Medical and sanitary report of the native army of Madras for the year
Year: 1872
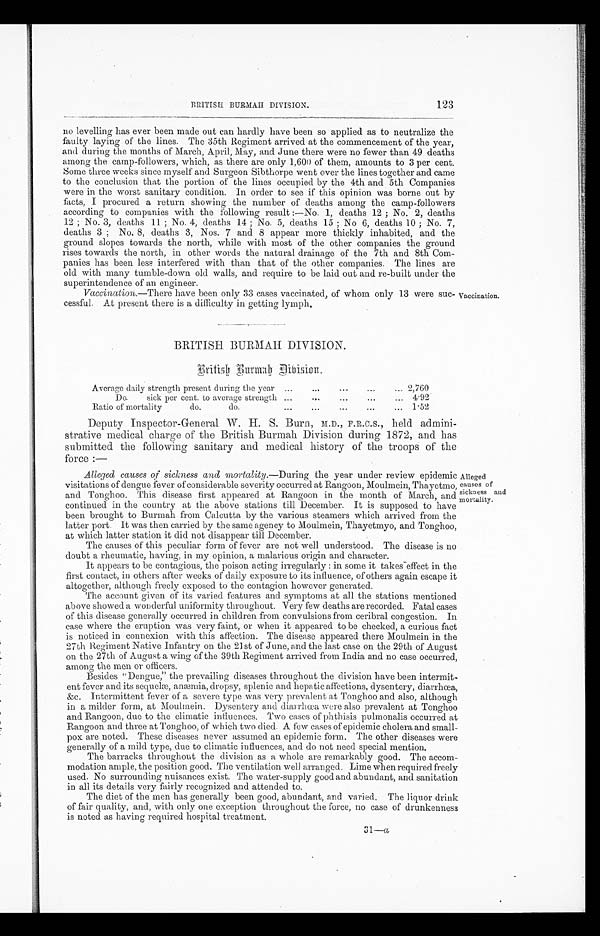
BRITISH BURMAH DIVISION.
123
no levelling has ever been made out can hardly have been so applied as to neutralize the
faulty laying of the lines. The 35th Regiment arrived at the commencement of the year,
and during the months of March, April, May, and June there were no fewer than 49 deaths
among the camp-followers, which, as there are only 1,600 of them, amounts to 3 per cent.
Some three weeks since myself and Surgeon Sibthorpe went over the lines together and came
to the conclusion that the portion of the lines occupied by the 4th and 5th Companies
were in the worst sanitary condition. In order to see if this opinion was borne out by
facts, I procured a return showing the number of deaths among the camp-followers
according to companies with the following result :—No. 1, deaths 12 ; No. 2, deaths
12 ; No. 3, deaths 11 ; No. 4, deaths 14 ; No. 5, deaths 15 ; No 6, deaths 10 ; No. 7,
deaths 3 ; No. 8, deaths 3, Nos. 7 and 8 appear more thickly inhabited, and the
ground slopes towards the north, while with most of the other companies the ground
rises towards the north, in other words the natural drainage of the 7th and 8th Com-
panies has been less interfered with than that of the other companies. The lines are
old with many tumble-clown old walls, and require to be laid out and re-built under the
superintendence of an engineer.
Vaccination .—There have been only 33 cases vaccinated, of whom only 13 were suc-
cessful. At present there is a difficulty in getting lymph,
Vaccination.
BRITISH. BURMAH DIVISION.
B r i t i s h B u r m a h D i v i s i o n
Average daily strength present during the year ...
...
...
...
... 2.760
Do.
sick per cent. to average strength ...
..
...
...
... 4.92
Ratio of mortality
do.
do.
...
...
...
. ..
1.52
Deputy Inspector-General W . H. S . Burn., M.D., F.R.C.S., held admini-
strative medical charge of the British Burmah Division during 1872, and has
submitted the following sanitary and medical history of the troops of the
force :—
Alleged causes of sickness and mortality.—During the year under review epidemic
visitations of dengue fever of considerable severity occurred at Rangoon, Moulmein, Thayetmo,
and Tonghoo. This disease first appeared at Rangoon in the month of March, and
continued in the country at the above stations till December. It is supposed to have
been brought to Burmah from Calcutta by the various steamers which arrived from the
latter port. It was then carried by the same agency to Moulmein, Thayetmyo, and Tonghoo,
at which latter station it did not disappear till December.
The causes of this peculiar form of fever are not well understood. The disease is no
doubt a rheumatic, having, in my opinion, a malarious origin and character.
It appears to be contagious, the poison acting irregularly : in some it takes -effect in the
first contact, in others after weeks of daily exposure to its influence, of others again escape it
altogether, although freely exposed to the contagion however generated.
The account given of its varied features and symptoms at all the stations mentioned
above showed a wonderful uniformity throughout. Very few deaths are recorded. Fatal cases
of this disease generally occurred in children from convulsions from ceribral congestion. In
case where the eruption was very faint, or when it appeared to be checked, a curious fact
is noticed in connexion with this affection. The disease appeared there Moulmein in the
27th Regiment Native Infantry on the 21st of June, and the last case on the 29th of August
on the 27th of August a wing of the 39th Regiment arrived from India and no case occurred;
among the men or officers.
Besides "Dengue," the prevailing diseases throughout the division have been intermit
¬ e n t f e v e r a n d i t s s e q u e l œ , a n æ m i a , d r o p s y , s p l e n i c a n d h e p a t i caffections, dysentery, diarrhœa,
&c. Intermittent fever of a severe type was very prevalent at Tonghoo and also, although
in a milder form, at Moulmein. Dysentery and diarrhœ were also prevalent at Tonghoo
and Rangoon, due to the climatic influences. Two cases of phthisis pulmonalis occurred at
Rangoon and three at Tonghoo, of which two died. A few cases of epidemic cholera and small-
pox are noted. These diseases never assumed an epidemic form. The other diseases were
generally of a mild type, due to climatic influences, and do not need special mention.
The barracks throughout the division as a whole are remarkably good. The accom-
modation ample, the position good. The ventilation well arranged. Lime when required freely
used. No surrounding nuisances exist. The water-supply good and abundant, and sanitation
in all its details very fairly recognized and attended to.
The diet of the men has generally been good, abundant, and varied. The liquor drink
of fair quality, and, with only one exception throughout the force, no case of drunkenness
is noted as having required hospital treatment.
Alleged
causes of
sickness and
mortality.
31—α